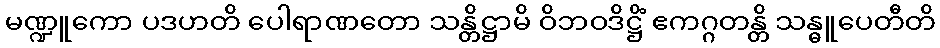
မဏ္ဍူကော ပဒဟတိ ပေါရာဏတော သန္တိဋ္ဌာမိ ဝိဘဝဒိဋ္ဌိံ ဧကဂ္ဂတန္တိ သန္ဓူပေတီတိ